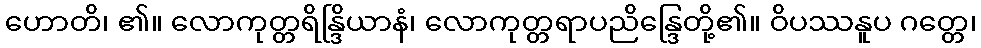
ဟောတိ၊ ၏။ လောကုတ္တရိန္ဒြိယာနံ၊ လောကုတ္တရာပညိန္ဒြေတို့၏။ ဝိပဿနူပ ဂတ္တေ၊